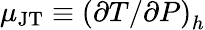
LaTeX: \mu_{\mathrm{JT}}\equiv\left(\partial T/\partial P\right)_{h}